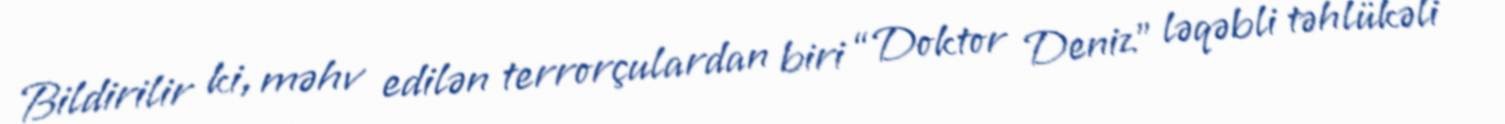
Bildirilir ki, məhv edilən terrorçulardan biri “Doktor Deniz” ləqəbli təhlükəli